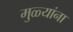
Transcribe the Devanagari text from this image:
मुळ्यांना